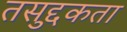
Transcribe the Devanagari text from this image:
तसद्दुकता